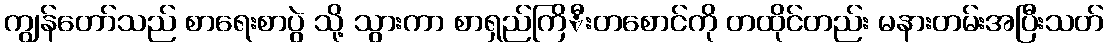
ကျွန်တော်သည် စာရေးစာပွဲ သို့ သွားကာ စာရှည်ကြိီးတစောင်ကို တထိုင်တည်း မနားတမ်းအပြီးသတ်